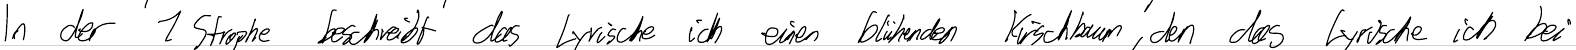
In der 1 Strophe beschreibt das Lyrische ich einen blühenden Kirschbaum, den das Lyrische ich bei